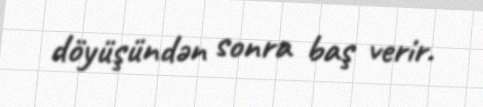
döyüşündən sonra baş verir.